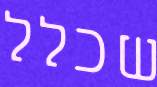
שכלל